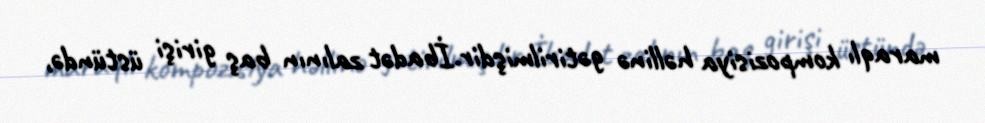
maraqlı kompozisiya həllinə gətirilmişdir.İbadət zalının baş girişi üstündə,